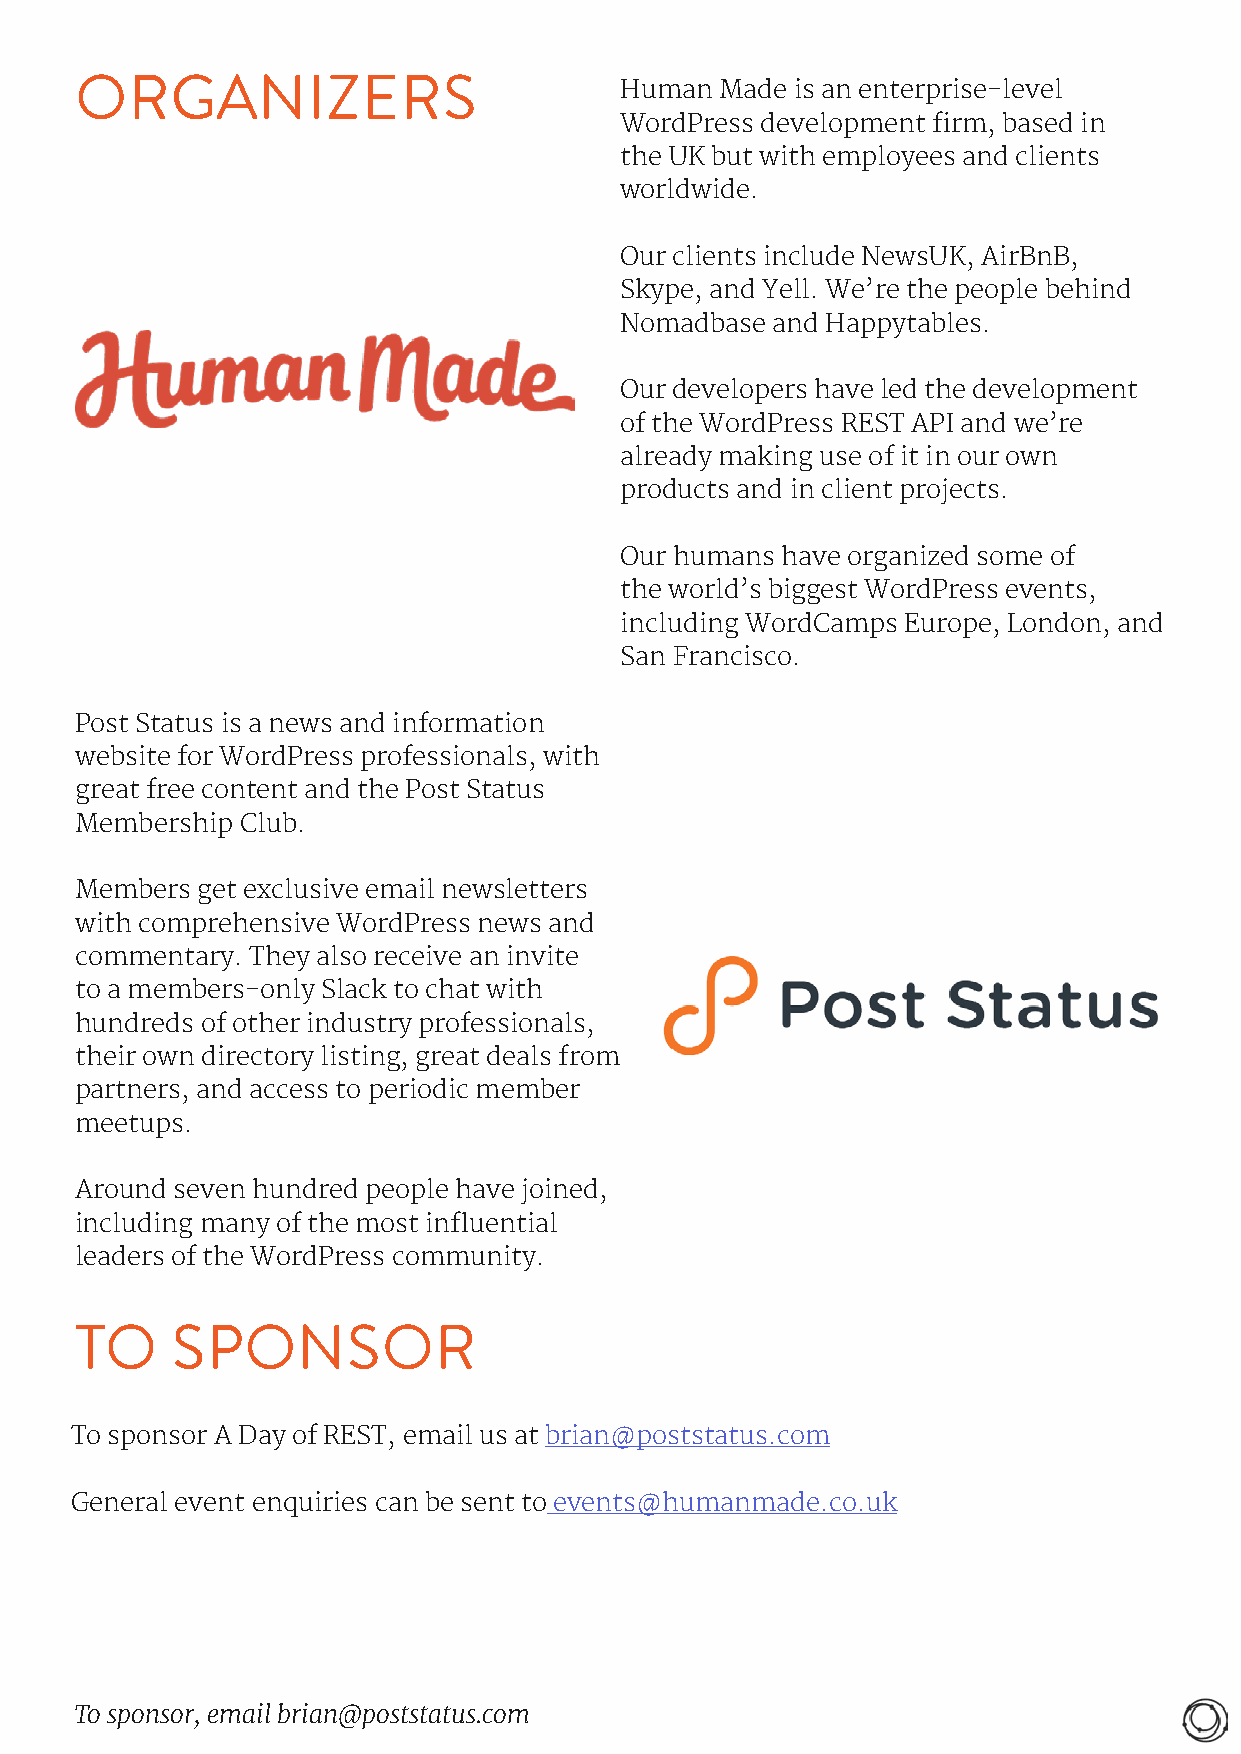
ORGANIZERS                          Human  Made is an enterprise-level
 WordPress development firm, based in
 the UK but with employees and clients
 worldwide.
 Our clients include NewsUK, AirBnB,
 Skype, and Yell. We’re the people behind
 Nomadbase and Happytables.
 Our developers have led the development
 of the WordPress REST API and we’re
 already making use of it in our own
 products and in client projects.
 Our humans have organized some of
 the world’s biggest WordPress events,
 including WordCamps Europe, London, and
 San Francisco.
 Post Status is a news and information
 website for WordPress professionals, with
 great free content and the Post Status
 Membership Club.
 Members get exclusive email newsletters
 with comprehensive WordPress news and
 commentary. They also receive an invite
 to a members-only Slack to chat with
 hundreds of other industry professionals,
 their own directory listing, great deals from
 partners, and access to periodic member
 meetups.
 Around seven hundred people have joined,
 including many of the most influential
 leaders of the WordPress community.
 TO    SPONSOR
 To sponsor A Day of REST, email us at brian@poststatus.com
 General event enquiries can be sent to events@humanmade.co.uk
 To sponsor, email brian@poststatus.com